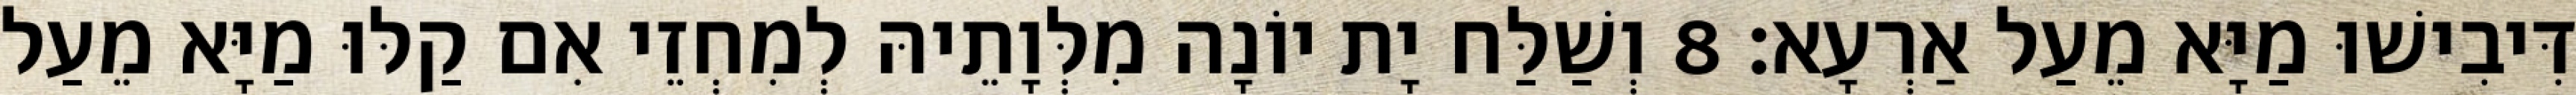
דִּיבִישׁוּ מַיָּא מֵעַל אַרְעָא׃ 8 וְשַׁלַּח יָת יוֹנָה מִלְּוָתֵיהּ לְמִחְזֵי אִם קַלּוּ מַיָּא מֵעַל